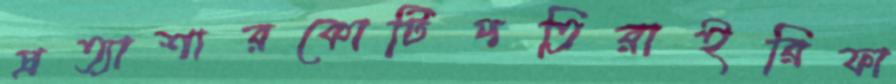
প্রত্যাশারকোটিপতিরাইরিফা